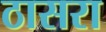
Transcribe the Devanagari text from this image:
ठासरा